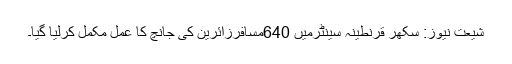
شیعت نیوز: سکھر قرنطینہ سینٹرمیں 640مسافرزائرین کی جانچ کا عمل مکمل کرلیا گیا۔